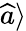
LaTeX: \widehat{a}\rangle